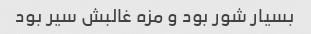
بسیار شور بود و مزه غالبش سیر بود